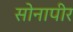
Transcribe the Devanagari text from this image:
सोनापीर